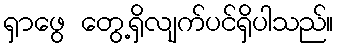
ရှာဖွေ တွေ့ရှိလျက်ပင်ရှိပါသည်။